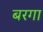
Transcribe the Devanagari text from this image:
बरगा